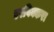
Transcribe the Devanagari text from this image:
एरविक्करा